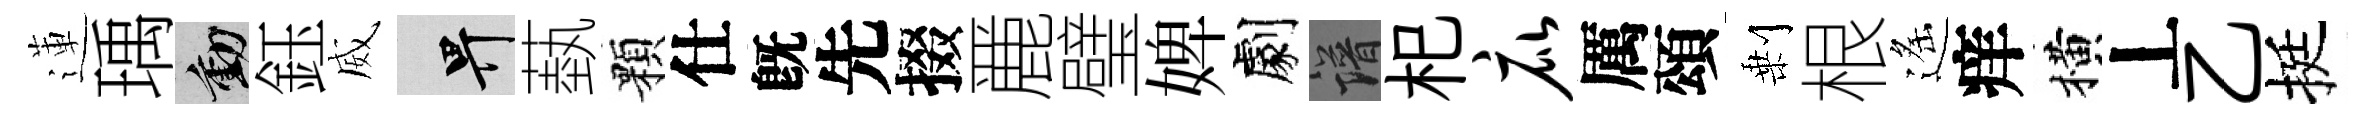
蓮瑀動鈺威畀蓺顆仕旣先掇䴡璧婢劇譜𣏌庇厲頌剰根遙痒横丄乙挺